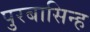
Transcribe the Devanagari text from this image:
पुरबासिन्ह